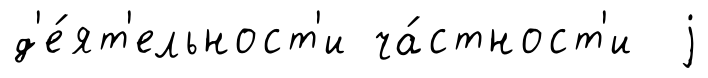
д'е́ят'ельност'и ча́стност'и j